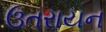
ઉતરાયન